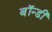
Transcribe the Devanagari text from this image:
बॉन्डी